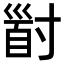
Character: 𡬹